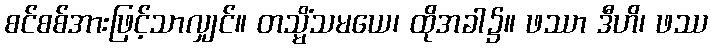
စင်စစ်အားဖြင့်သာလျှင်။ တသ္မိံသမယေ၊ ထိုအခါ၌။ ဖဿာ ဒီဟိ၊ ဖဿ